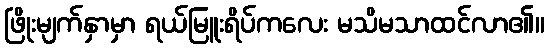
ဖြိုးမျက်နှာမှာ ရယ်မြူးရိပ်ကလေး မသိမသာထင်လာ၏။